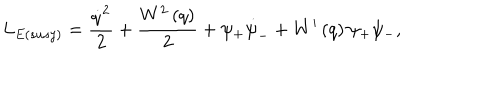
LaTeX: L _ { E ( { s u s y } ) } = \frac { \dot { q } ^ { 2 } } { 2 } + \frac { W ^ { 2 } \left( q \right) } { 2 } + \psi _ { + } \dot { \psi } _ { - } + W ^ { \prime } \left( q \right) \psi _ { + } \psi _ { - } ,